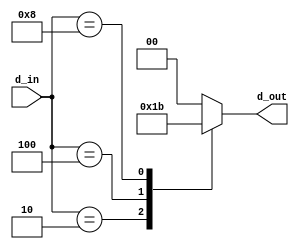
module encode(d_in,d_out);
input [3:0]d_in;
output reg [1:0]d_out;
always @(*)
	begin
		case(d_in)
			4'b0001   : d_out		<=2'b00;
			4'b0010   : d_out		<=2'b01;
			4'b0100   : d_out		<=2'b10;
			4'b1000   : d_out		<=2'b11;
			default   : d_out		<=2'b00;
		endcase
	end
endmodule